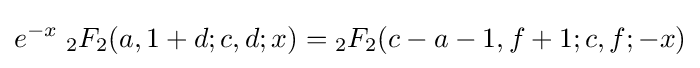
e^{-x}\;{}_{2}F_{2}(a,1+d;c,d;x)={}_{2}F_{2}(c-a-1,f+1;c,f;-x)